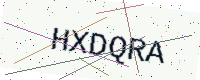
Text: HXDQRA